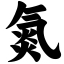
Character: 氮